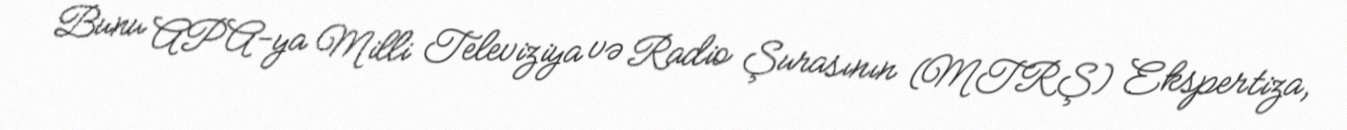
Bunu APA-ya Milli Televiziya və Radio Şurasının (MTRŞ) Ekspertiza,